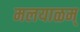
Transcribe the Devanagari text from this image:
मलयाळम्‌